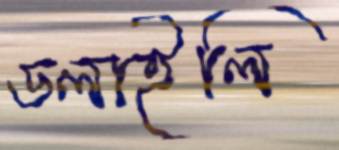
ডলাইলি